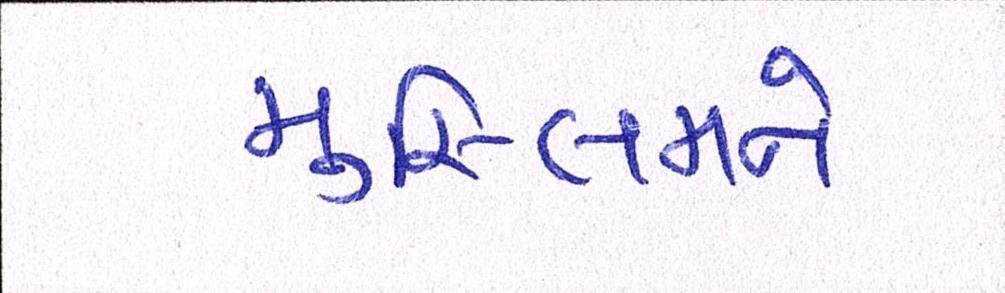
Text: મુસ્લિમને